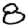
Digit: 8